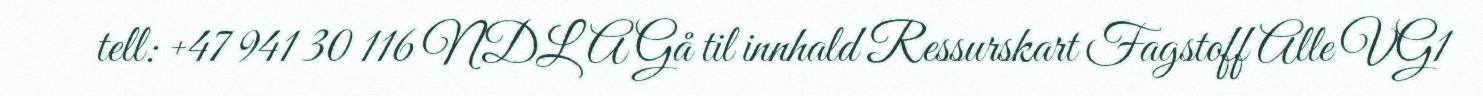
tell: +47 941 30 116 NDLA Gå til innhald Ressurskart Fagstoff Alle VG1